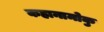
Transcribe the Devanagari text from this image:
कहानामोकु